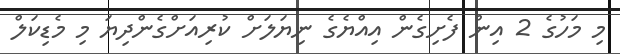
މި މަހުގެ 2 އިން ފެށިގެން އިއްޔެގެ ނިޔަލަށް ކުރިއަށްގެންދިޔަ މި މެޑިކަލް